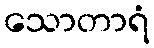
သောတာရံ